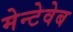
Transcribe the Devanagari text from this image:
मेन्टेवेब